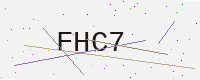
Text: FHC7